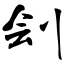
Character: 刽